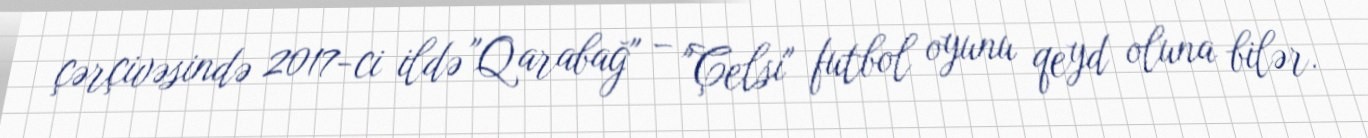
çərçivəsində 2017-ci ildə "Qarabağ" – "Çelsi" futbol oyunu qeyd oluna bilər.